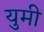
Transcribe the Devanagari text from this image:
युमी